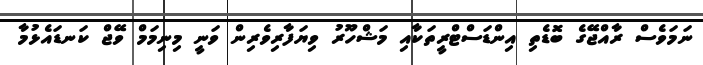
ނަމަވެސް ރާއްޖޭގެ ބޮޑެތި އިންޑަސްޓްރީތަކާއި މަޝްހޫރު ވިޔަފާރިވެރިން ވަނީ މިނިމަމް ވޭޖް ކަނޑައެޅުމާ